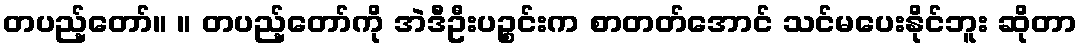
တပည့်တော်။ ။ တပည့်တော်ကို အဲဒီဦးပဉ္စင်းက စာတတ်အောင် သင်မပေးနိုင်ဘူး ဆိုတာ